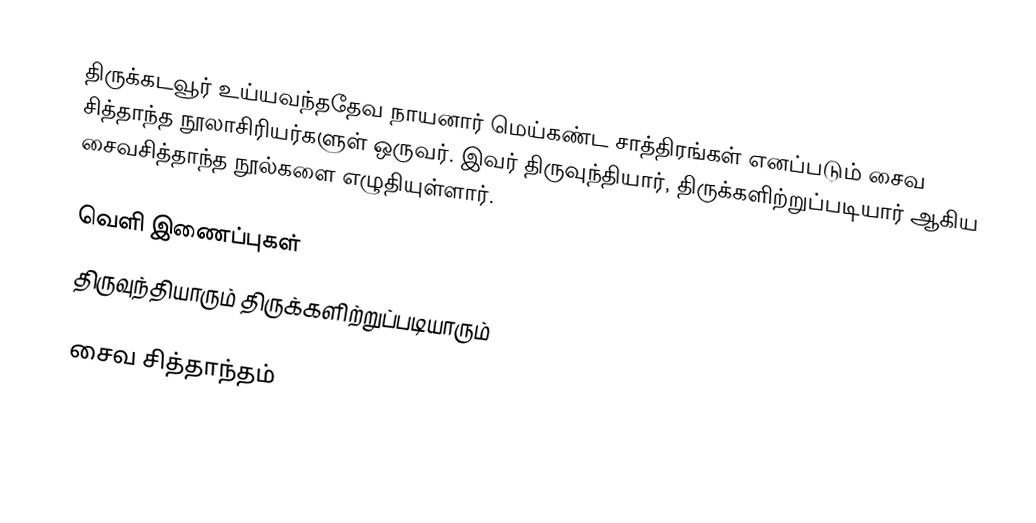
திருக்கடவூர் உய்யவந்ததேவ நாயனார் மெய்கண்ட சாத்திரங்கள் எனப்படும் சைவ சித்தாந்த நூலாசிரியர்களுள் ஒருவர். இவர் திருவுந்தியார், திருக்களிற்றுப்படியார் ஆகிய சைவசித்தாந்த நூல்களை எழுதியுள்ளார்.

வெளி இணைப்புகள்
 திருவுந்தியாரும் திருக்களிற்றுப்படியாரும்

சைவ சித்தாந்தம்